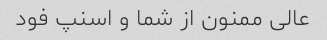
عالی ممنون از شما و اسنپ فود